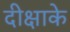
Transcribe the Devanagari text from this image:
दीक्षाके